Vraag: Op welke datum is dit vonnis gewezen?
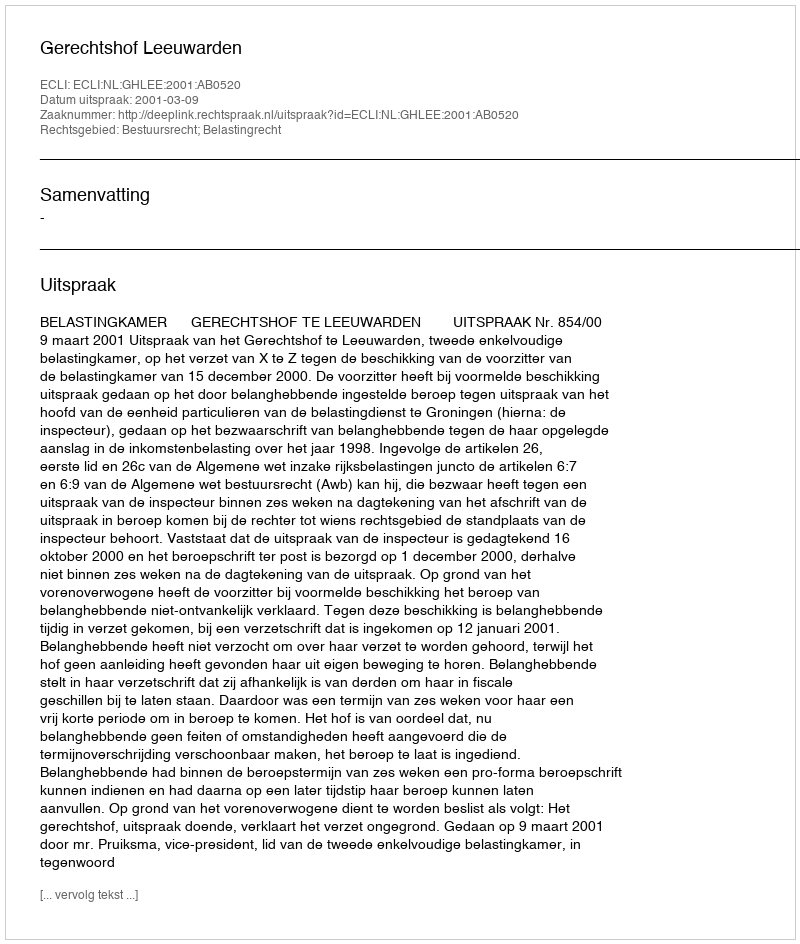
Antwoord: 2001-03-09